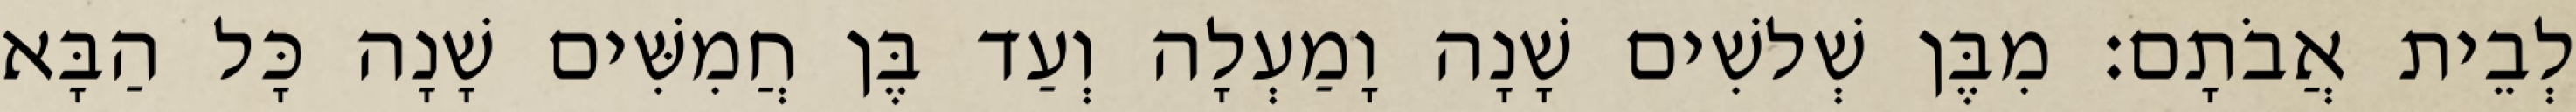
לְבֵית אֲבֹתָם׃ מִבֶּן שְׁלשִׁים שָׁנָה וָמַעְלָה וְעַד בֶּן חֲמִשִּׁים שָׁנָה כָּל הַבָּא